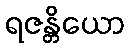
ရဇန္တိယော